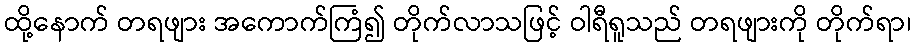
ထို့နောက် တရဖျား အကောက်ကြံ၍ တိုက်လာသဖြင့် ဝါရီရူသည် တရဖျားကို တိုက်ရာ၊